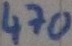
Text: 470